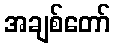
အချစ်တော်